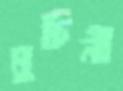
মুচিনী